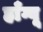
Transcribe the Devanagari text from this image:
हाँग्वू